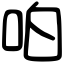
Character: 㕷